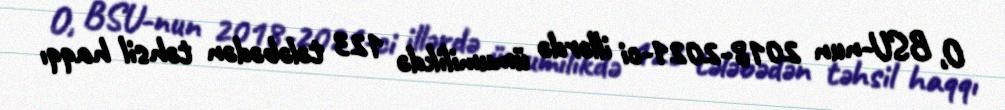
O, BSU-nun 2018-2021-ci illərdə ümumilikdə 123 tələbədən təhsil haqqı